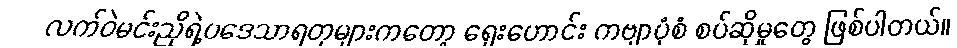
လက်ဝဲမင်းညိုရဲ့ပဒေသာရတုများကတော့ ရှေးဟောင်း ကဗျာပုံစံ စပ်ဆိုမှုတွေ ဖြစ်ပါတယ်။